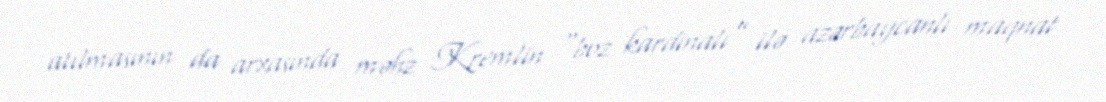
atılmasının da arxasında məhz Kremlin “boz kardinalı” ilə azərbaycanlı maqnat